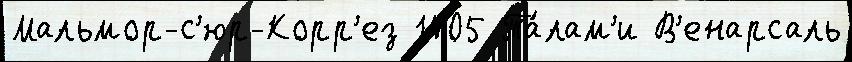
Мальмор-с'юр-Корр'ез 1405 Та́лам'и В'енарсаль